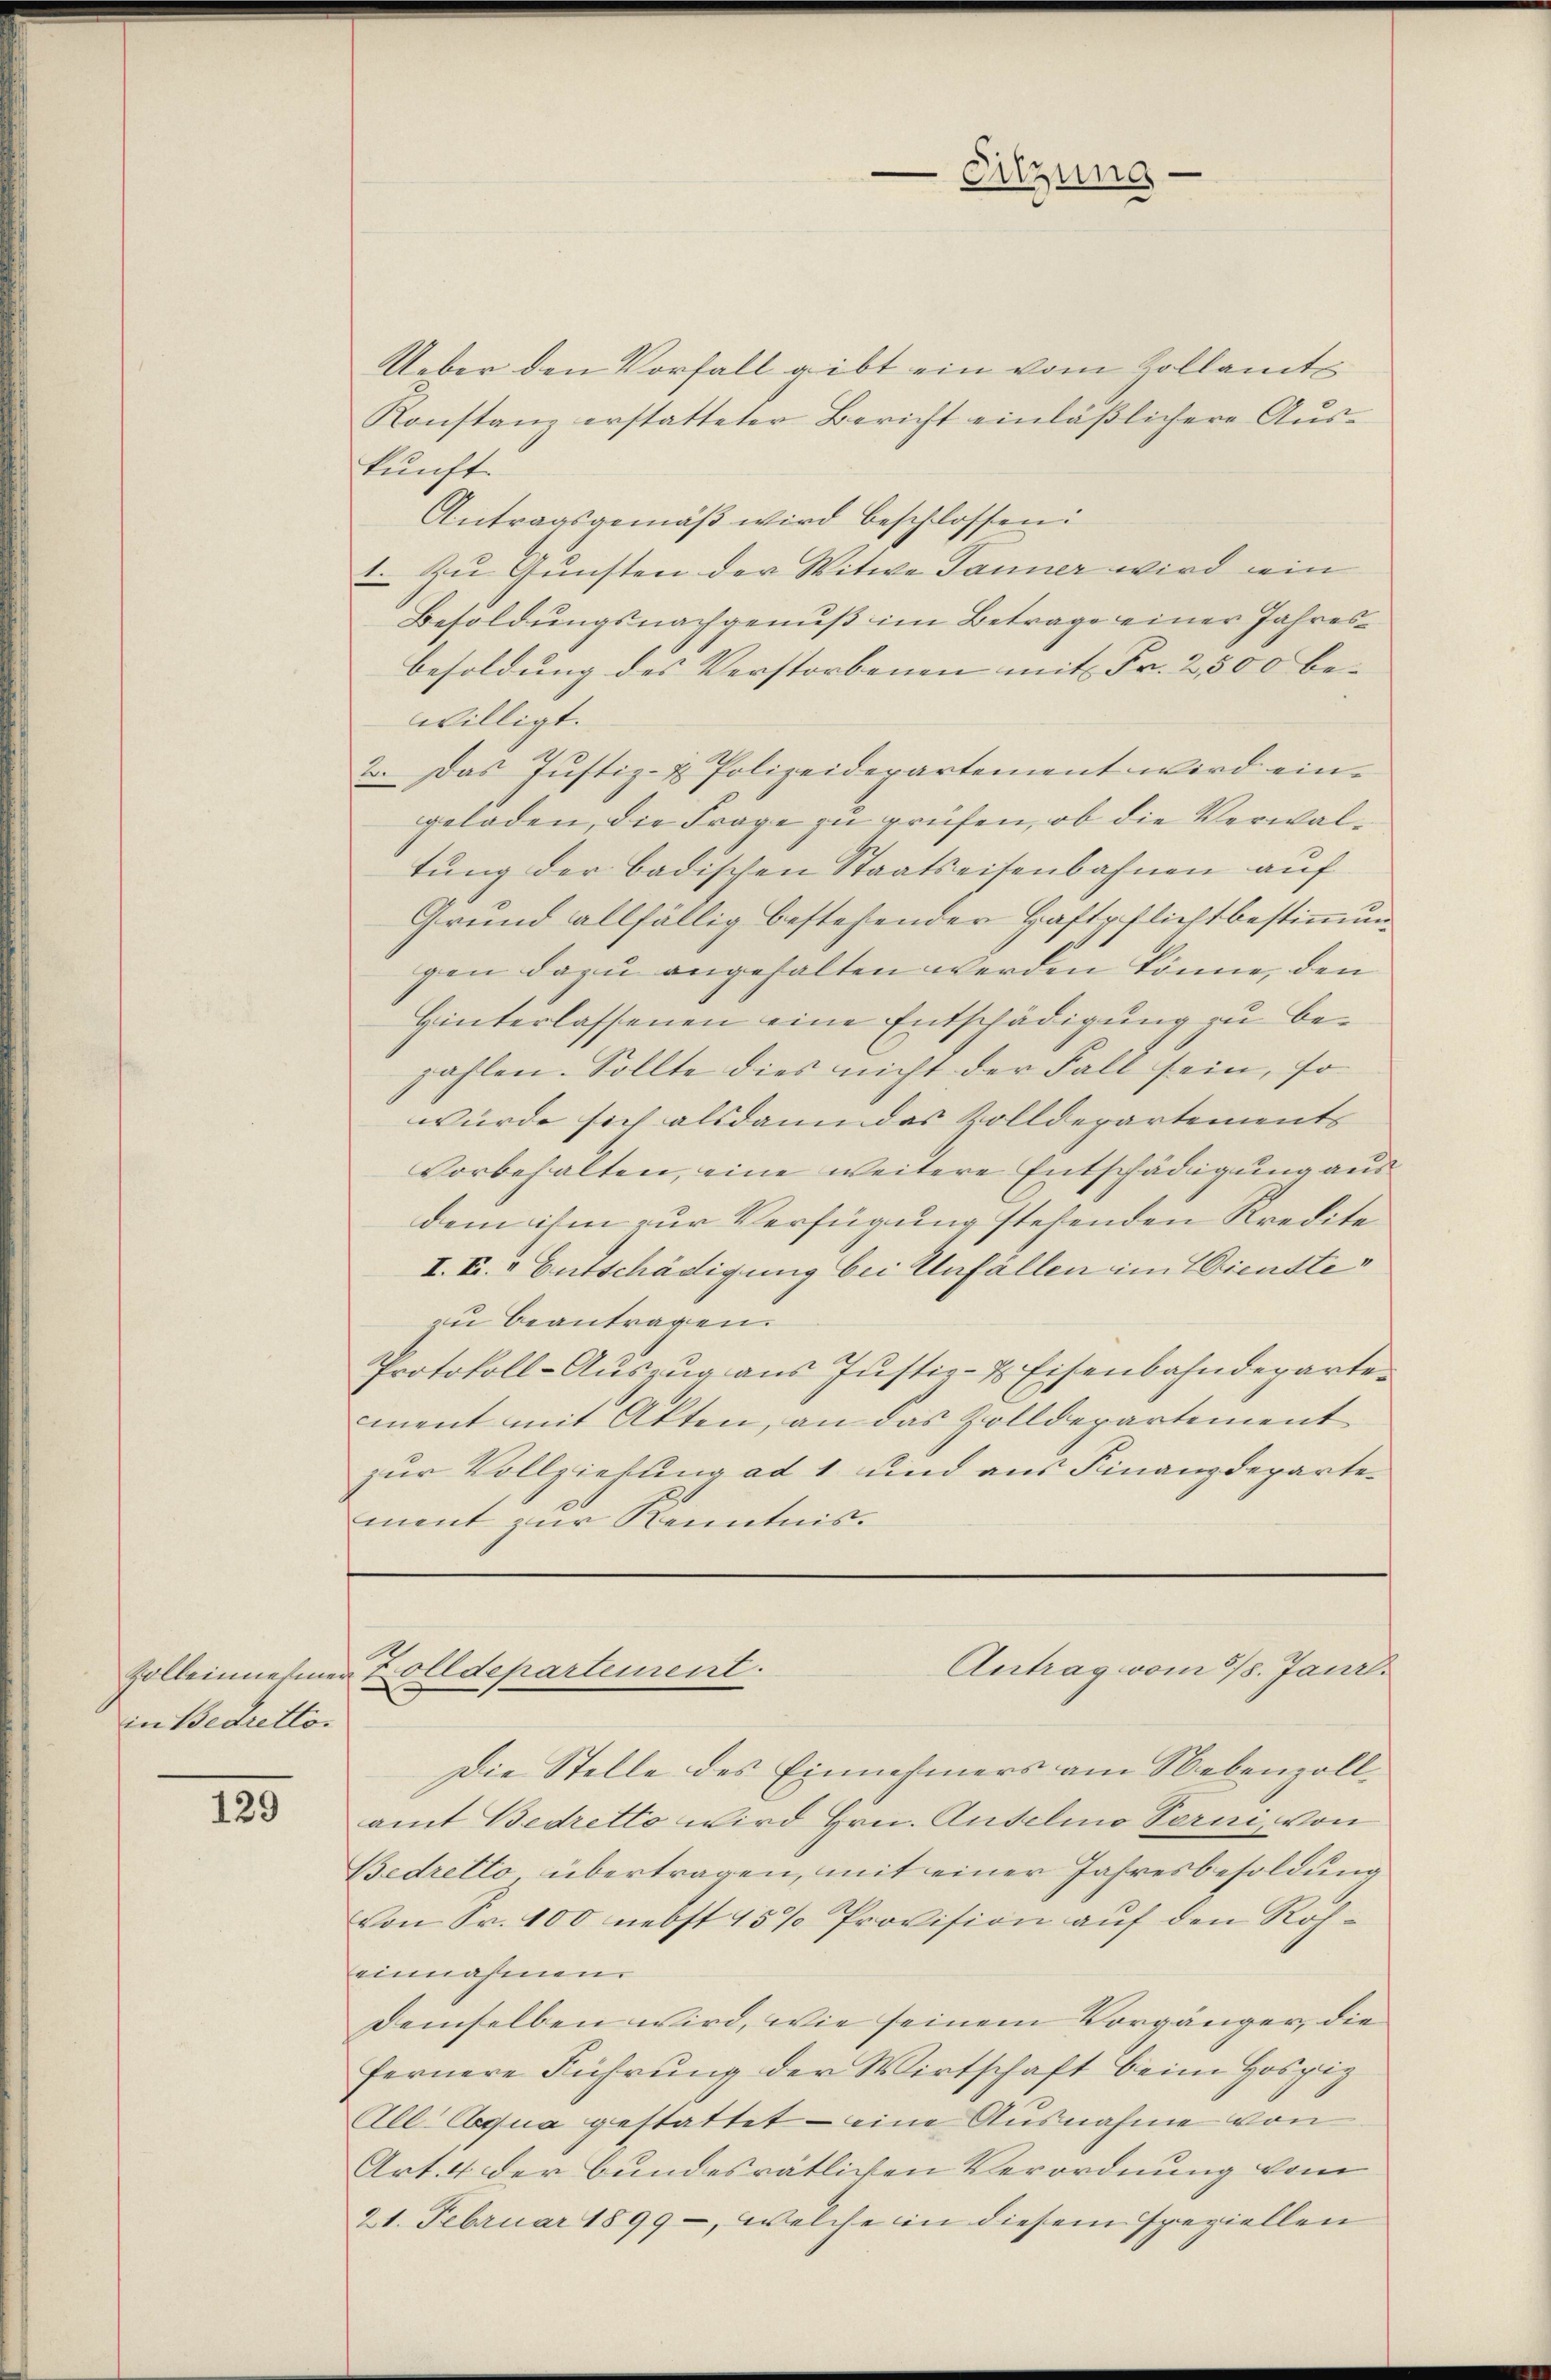
Kolleinnehmen
in Bedretto.

129

Ueber den Vorfall gibt ein vom Zollamt
Konstanz erstatteter Bericht einläßlichere Auskunft.
Antragsgemäβ wird beschlossen:
1. Zu Gunsten der Witwe Tanner wird ein
Besoldungsnachgenuß im Betrage einer Jahresbesoldung des Verstorbenen mit Fr. 2,500 bewilligt.
2. Das Justiz- & Polizeidepartement wird eingeladen, die Frage zu prüfen, ob die Verwaltung der badischen Staatseisenbahnen auf
Grund allfällig bestehender Haftpflichtbestimmung
gen dazu angehalten werden könne, den
Hinterlassenen eine Entschädigung zu bezahlen. Sollte dies nicht der Fall sein, so
würde sich alsdann das Zolldepartements
Vorbehalten, eine weitere Entschädigung ausdem ihm zur Verfügung stehenden Kredite
I. F. v. Entschädigung bei Unfällen im Wienste
zu beantragen.
Protokoll-Auszug aus Justiz- & Eisenbahndeparte
cment mit Akten, an das Zolldepartement
zur Vollziehung ad 1 und aus Finanzdepartement zur Kenntnis.

Die Stelle des Einnehmers am Nebenzollamt Bedretto wird Hrn. Andelio Torni, von
Bedretto übertragen, mit einer Jahresbesoldung
von Fr. 100 nebst 15 % Provision auf den Roheinnahmen.
demselben wird, wie seinem Vorgänger, die
fernere Führung der Wirtschaft beim Hospiz
All Aqua gestattet – eine Ausnahme von
Art. 4 der bundesrätliven Verordnung vom
21. Februar 1899 -, welche in diesem speziellen

Eitzung

Antrag vom 28. Janr.
Zolldepartement.